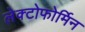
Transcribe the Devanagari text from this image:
लेक्टोफोर्मिन